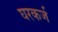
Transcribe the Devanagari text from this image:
घरकर्ज